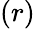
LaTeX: (r)